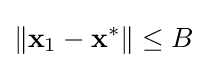
\|\mathbf {x} _{1}-\mathbf {x} ^{*}\|\leq B